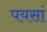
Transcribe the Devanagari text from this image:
पयसां